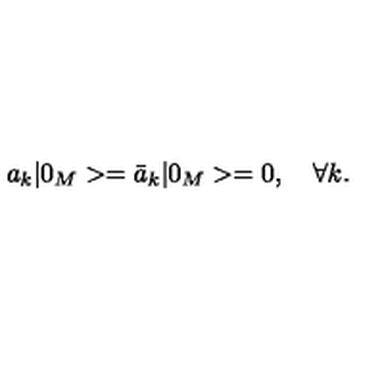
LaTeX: a _ { k } | 0 _ { M } > = \bar { a } _ { k } | 0 _ { M } > = 0 , \quad \forall k { . }